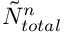
\tilde { N } _ { t o t a l } ^ { n }